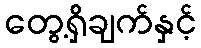
တွေ့ရှိချက်နှင့်